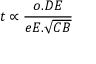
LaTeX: t \propto { \frac { o . D E } { e E . { \sqrt { C B } } } }